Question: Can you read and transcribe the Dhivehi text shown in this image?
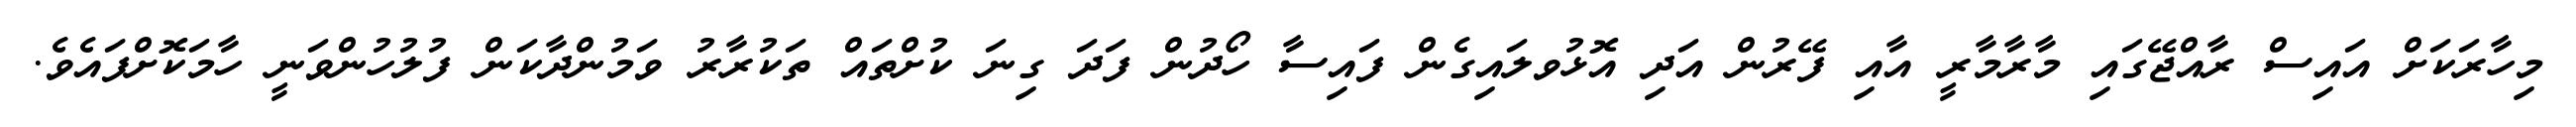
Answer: މިހާރަކަށް އައިސް ރާއްޖޭގައި މާރާމާރީ އާއި ފޭރުން އަދި އޮޅުވލައިގެން ފައިސާ ހޯދުން ފަދަ ގިނަ ކުށްތައް ތަކުރާރު ވަމުންދާކަން ފުލުހުންވަނީ ހާމަކޮށްފައެވެ.